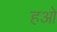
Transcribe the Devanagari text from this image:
हओ